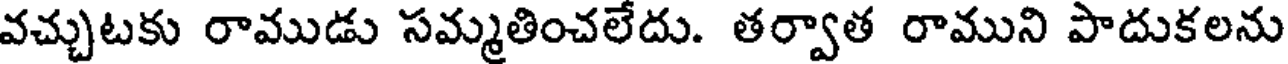
వచ్చుటకు రాముడు సమ్మతించలేదు. తర్వాత రాముని పాదుకలను